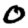
Digit: 0